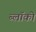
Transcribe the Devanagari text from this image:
ब्लॉको